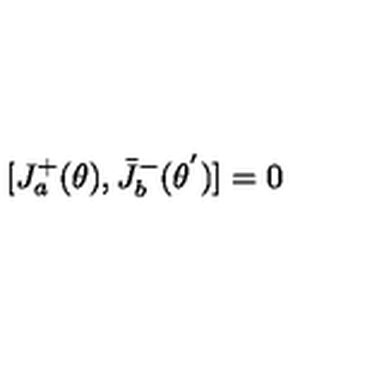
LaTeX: [ J _ { a } ^ { + } ( \theta ) , { \bar { J } } _ { b } ^ { - } ( { \theta } ^ { ' } ) ] = 0